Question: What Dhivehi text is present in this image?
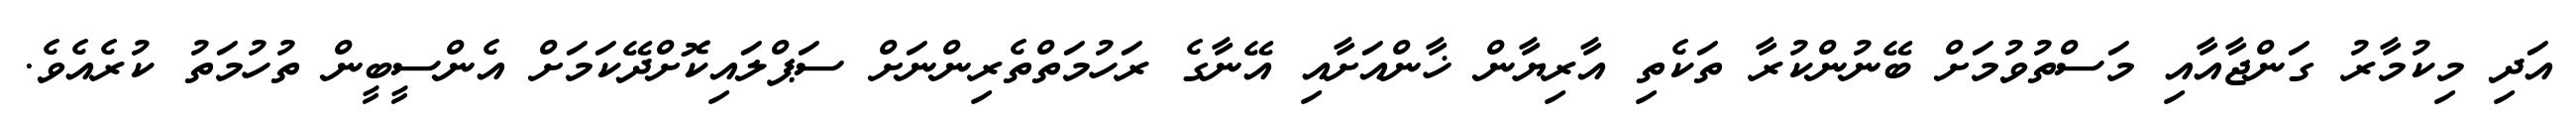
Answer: އަދި މިކުމާރު ގަންޖާއާއި މަސްތުވުމަށް ބޭނުންކުރާ ތަކެތި އާރިޔާން ޚާންއަށާއި އޭނާގެ ރަހުމަތްތެރިންނަށް ސަޕްލައިކޮށްދޭކަމަށް އެންސީބީން ތުހުމަތު ކުރެއެވެ.